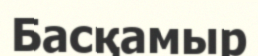
Басқамыр